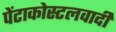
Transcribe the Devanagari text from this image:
पेंटाकोस्टलवादी